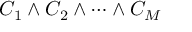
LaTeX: C _ { 1 } \wedge C _ { 2 } \wedge \cdots \wedge C _ { M }